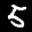
Label: 5